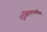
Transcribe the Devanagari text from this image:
लुईझियानातील